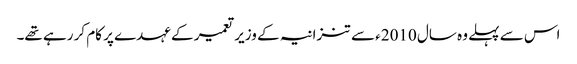
اس سے پہلے وہ سال 2010ء سے تنزانیہ کے وزیر تعمیر کے عہدے پر کام کر رہے تھے۔